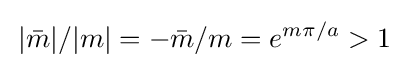
\,|{\bar {m}}|/|m|=-{\bar {m}}/m=e^{m\pi /a}>1